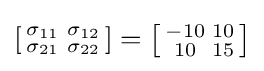
\left[{\begin{smallmatrix}\sigma _{11}&\sigma _{12}\\\sigma _{21}&\sigma _{22}\end{smallmatrix}}\right]=\left[{\begin{smallmatrix}-10&10\\10&15\end{smallmatrix}}\right]